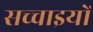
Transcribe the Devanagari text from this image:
सच्‍चाइयों